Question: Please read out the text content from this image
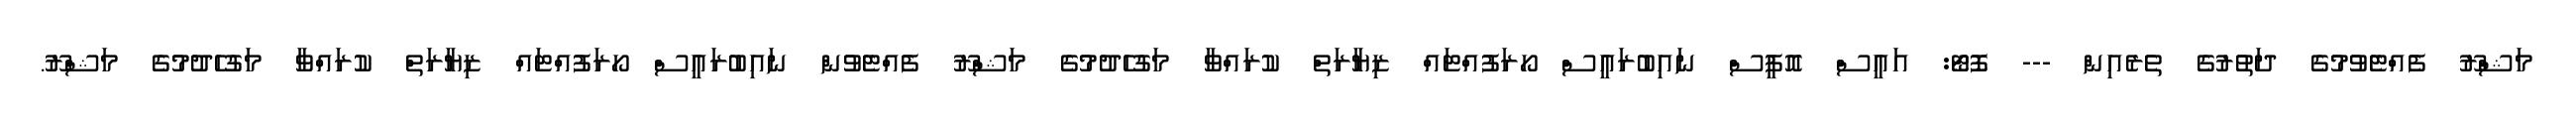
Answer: މަޝްރޫ ފެއްޓެވުމުގެ ދަތުރުގެ ތެރެއިން --- ފޮޓޯ: އައީސް އޮފީސް ނައިބުރައީސް ހޯރަފުއްޓައް ޒިޔާރަތް ކުރައްވާ މަގުހެދުމުގެ މަޝްރޫ ފެއްޓެވުން ނައިބުރައީސް ހޯރަފުއްޓައް ޒިޔާރަތް ކުރައްވާ މަގުހެދުމުގެ މަޝްރޫ.